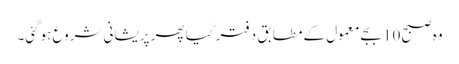
وہ صبح 10 بجے معمول کے مطابق دفتر گیا پھر پریشانی شروع ہوگئی۔